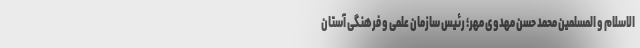
الاسلام و المسلمین محمد حسن مهدوی مهر؛ رئیس سازمان علمی و فرهنگی آستان